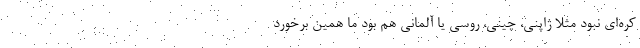
کره‌ای نبود مثلاً ژاپنی، چینی، روسی یا آلمانی هم بود ما همین برخورد